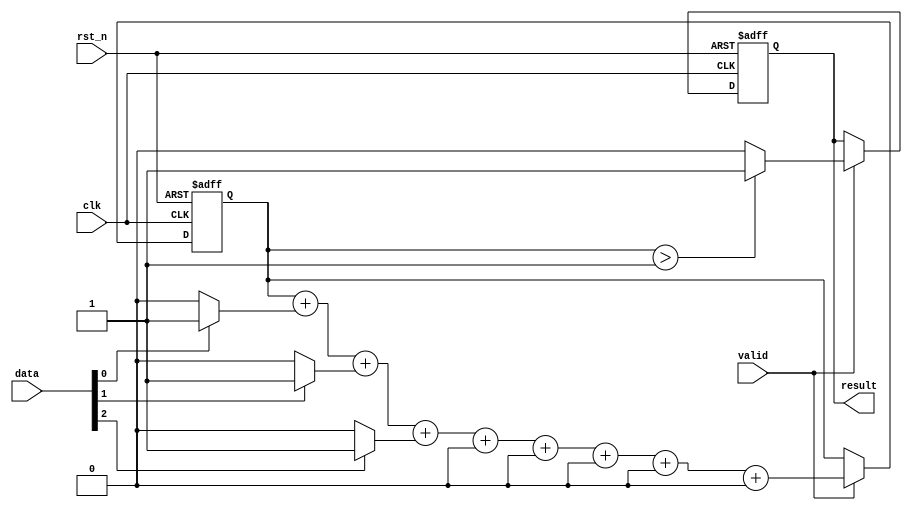
module Majority_Voting_Detector #(
    parameter N = 3 // N should be an odd number
) (
    input wire [N-1:0] data, // N memory blocks providing binary inputs
    input wire valid,         // Signal to indicate valid input data
    input wire clk,          // Clock signal
    input wire rst_n,        // Active low reset signal
    output reg result        // Output for majority decision
);

    // Internal register to hold counts
    reg [N-1:0] count_ones;
   
    // Sequential Logic
    always @(posedge clk or negedge rst_n) begin
        if (!rst_n) begin
            count_ones <= 0;
            result <= 0;
        end else if (valid) begin
            // Count the number of 1s in the input data
            count_ones <= count_ones + (data[0] ? 1 : 0) +
                         (data[1] ? 1 : 0) +
                         (data[2] ? 1 : 0) +
                         (N > 3 ? (data[3] ? 1 : 0) : 0) +
                         (N > 4 ? (data[4] ? 1 : 0) : 0) +
                         (N > 5 ? (data[5] ? 1 : 0) : 0) +
                         (N > 6 ? (data[6] ? 1 : 0) : 0) +
                         (N > 7 ? (data[7] ? 1 : 0) : 0) ; // Extend as necessary

            // Determine majority value
            result <= (count_ones > (N / 2)) ? 1 : 0;
            // For input scaling, additional logic will be needed for larger N to ensure counting works correctly
        end
    end

endmodule